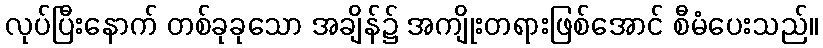
လုပ်ပြီးနောက် တစ်ခုခုသော အချိန်၌ အကျိုးတရားဖြစ်အောင် စီမံပေးသည်။